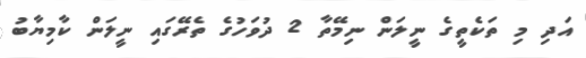
އަދި މި ތަކެތީގެ ނީލަން ނިމޭތާ 2 ދުވަހުގެ ތެރޭގައި ނީލަން ކާމިޔާބު